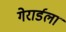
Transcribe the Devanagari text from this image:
गेरार्डला